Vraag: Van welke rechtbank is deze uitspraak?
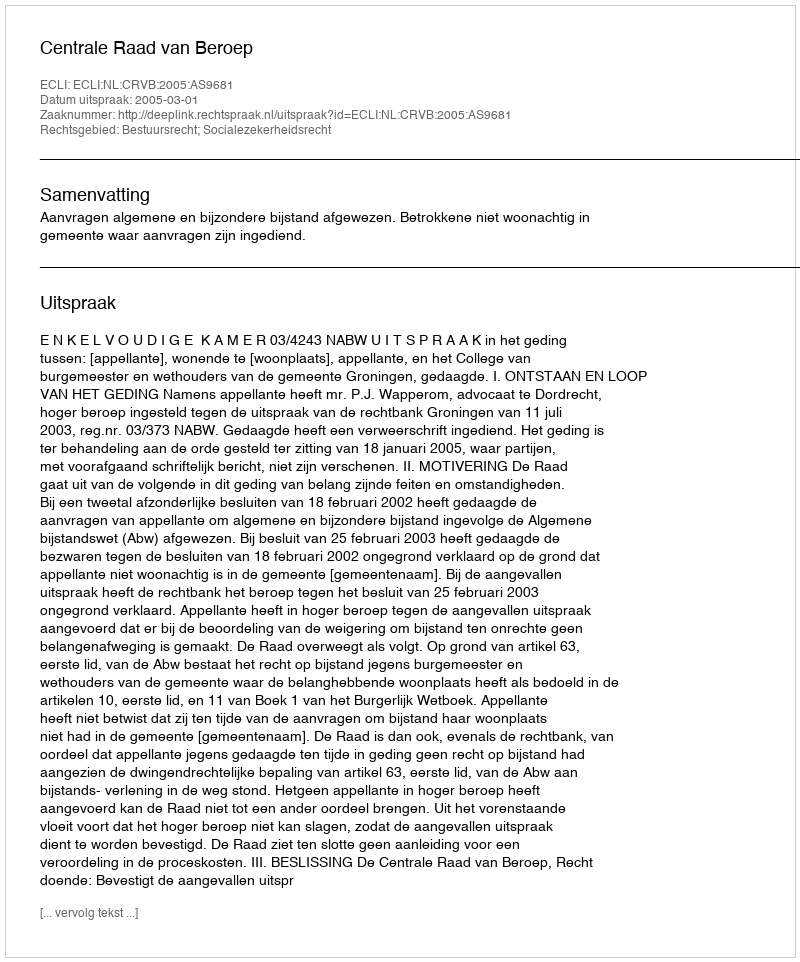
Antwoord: Centrale Raad van Beroep